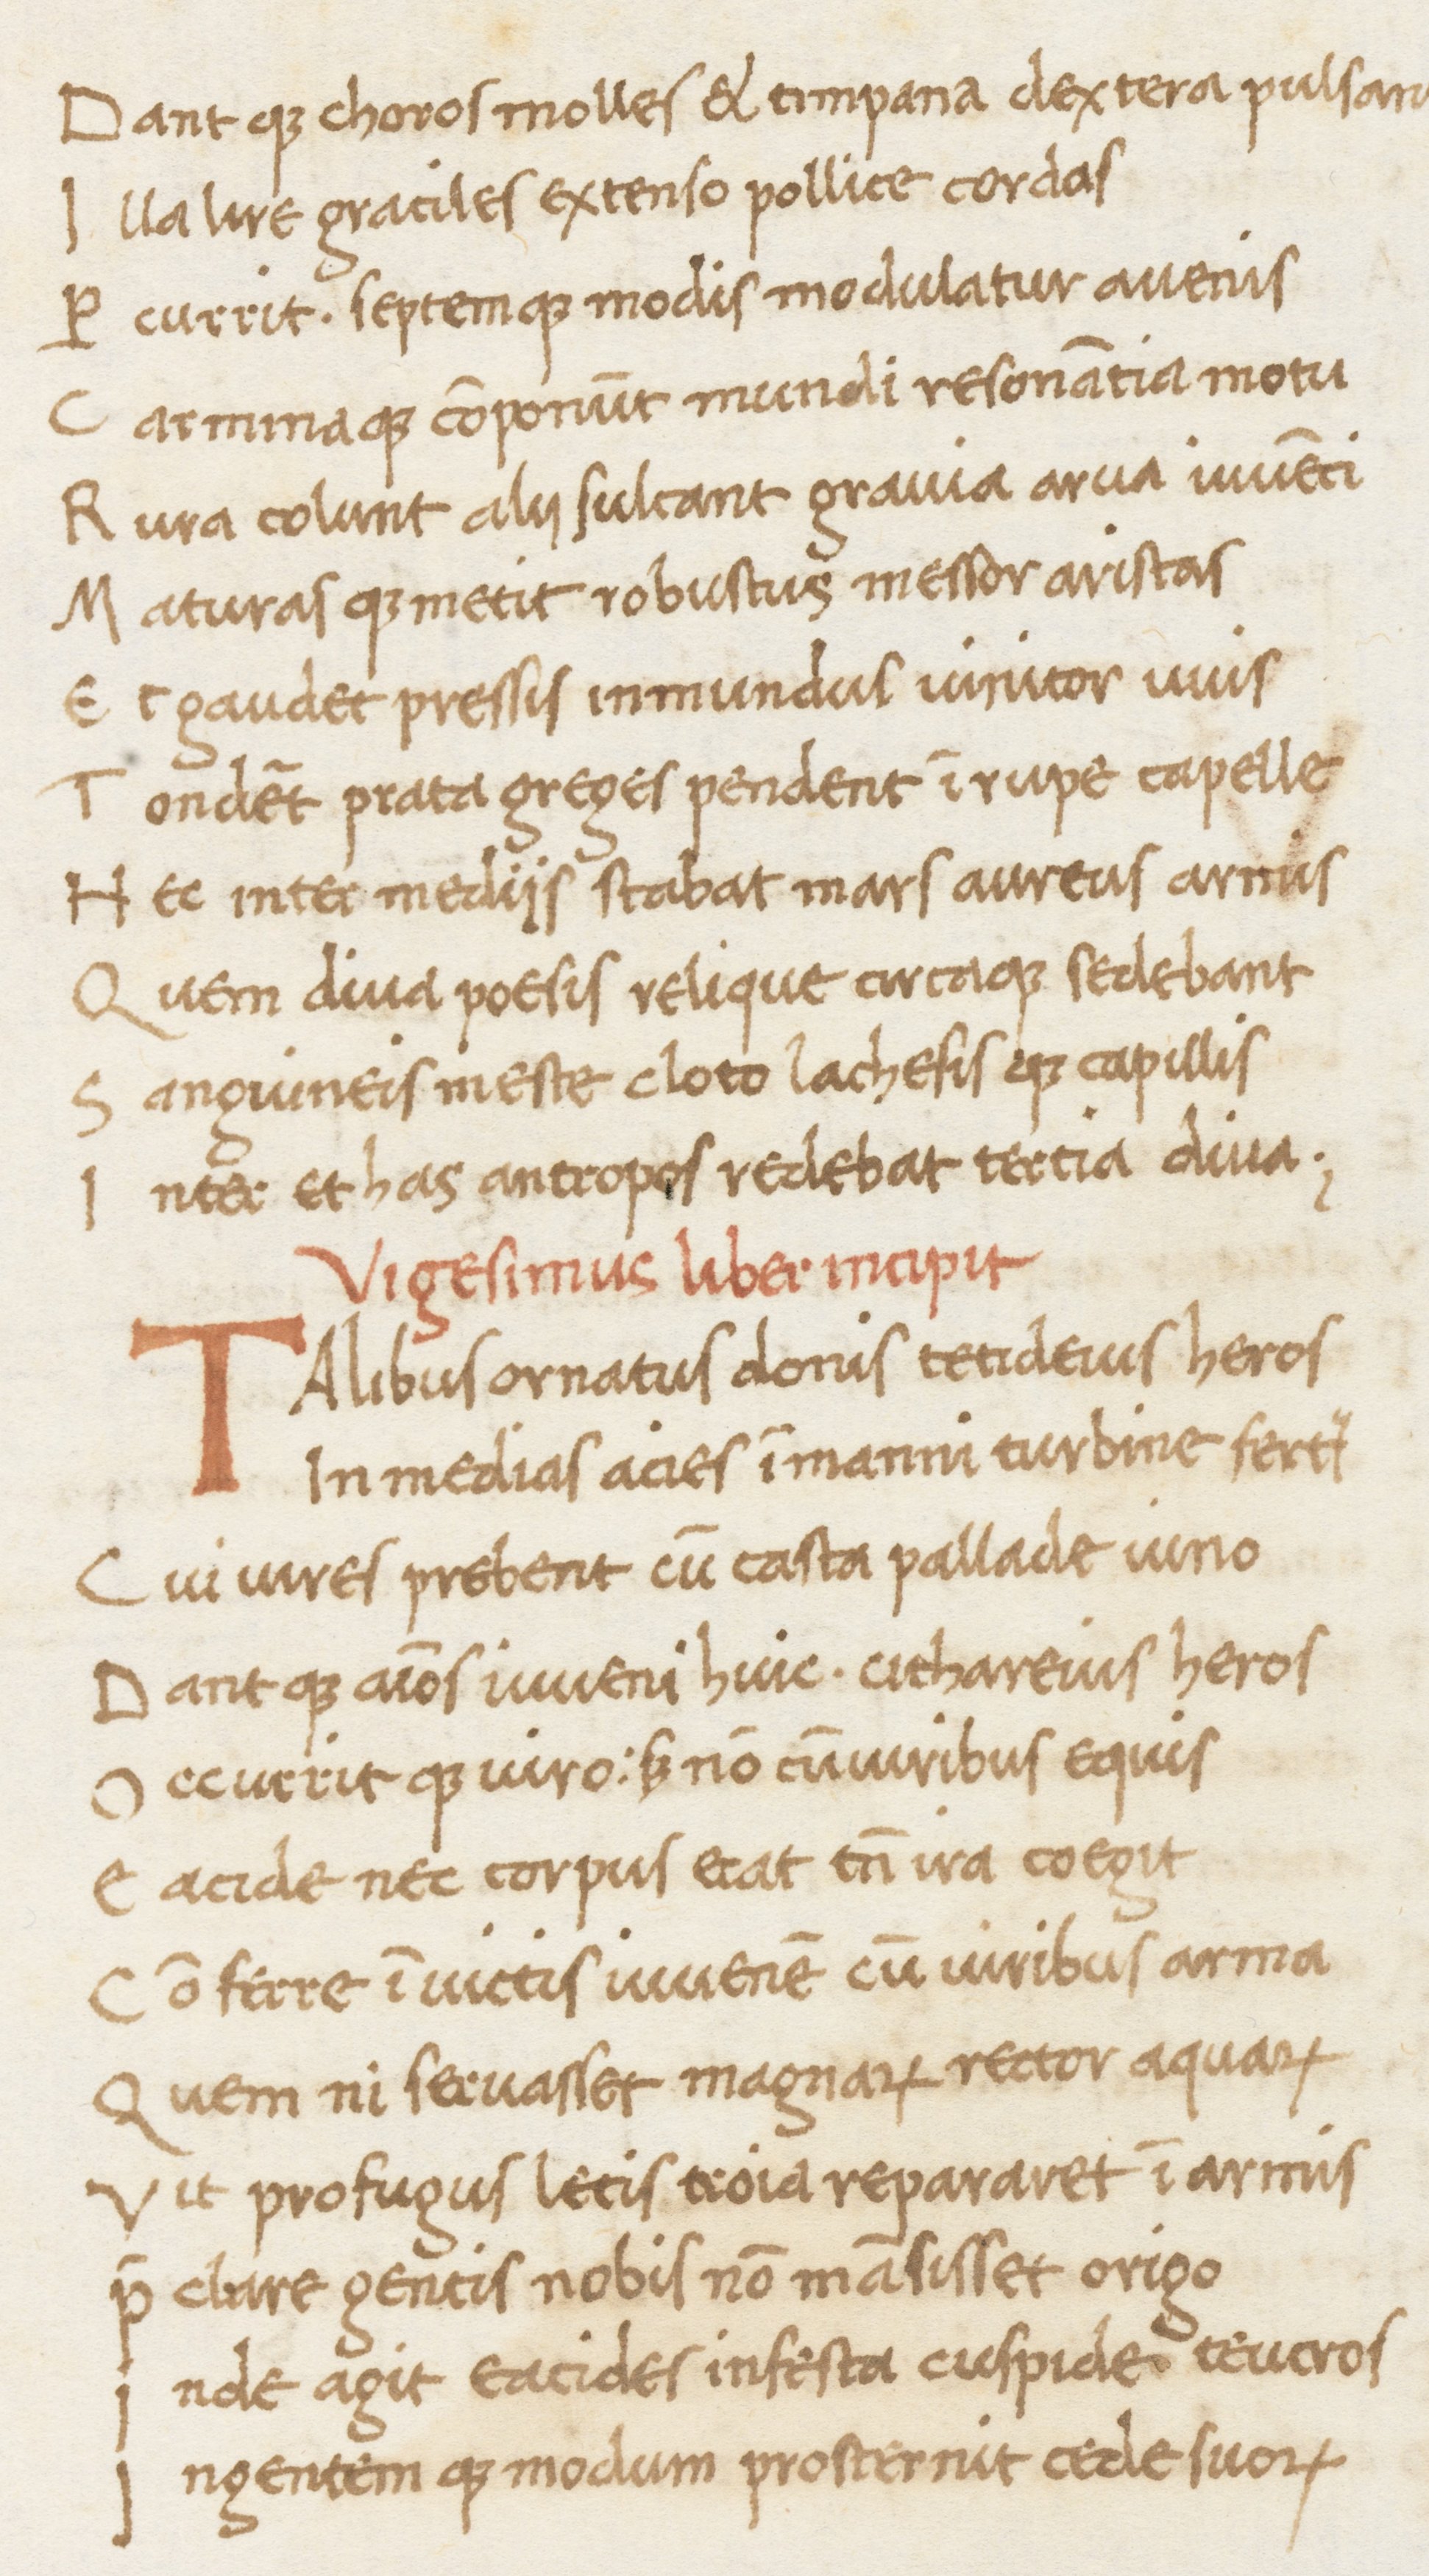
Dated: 1469–1469